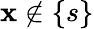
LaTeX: \mathbf{x}\notin\{ s\}